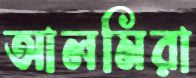
আলমিরা